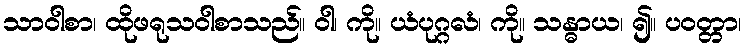
သာဝါစာ၊ ထိုဖရုသဝါစာသည်။ ဝါ၊ ကို။ ယံပုဂ္ဂလံ၊ ကို။ သန္ဓာယ၊ ၍။ ပဝတ္တာ၊